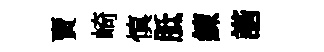
賣崎慎胝練諧